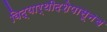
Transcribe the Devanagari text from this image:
विद्यार्थीदशेपासूनच